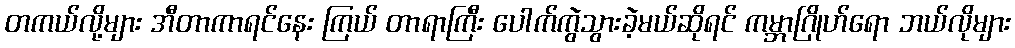
တကယ်လို့များ အီတာကာရင်နေး ကြယ် တာရာကြီး ပေါက်ကွဲသွားခဲ့မယ်ဆိုရင် ကမ္ဘာဂြိုဟ်ရော ဘယ်လိုများ